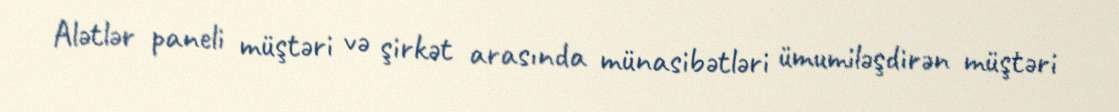
Alətlər paneli müştəri və şirkət arasında münasibətləri ümumiləşdirən müştəri